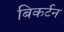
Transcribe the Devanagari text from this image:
बिकर्टन